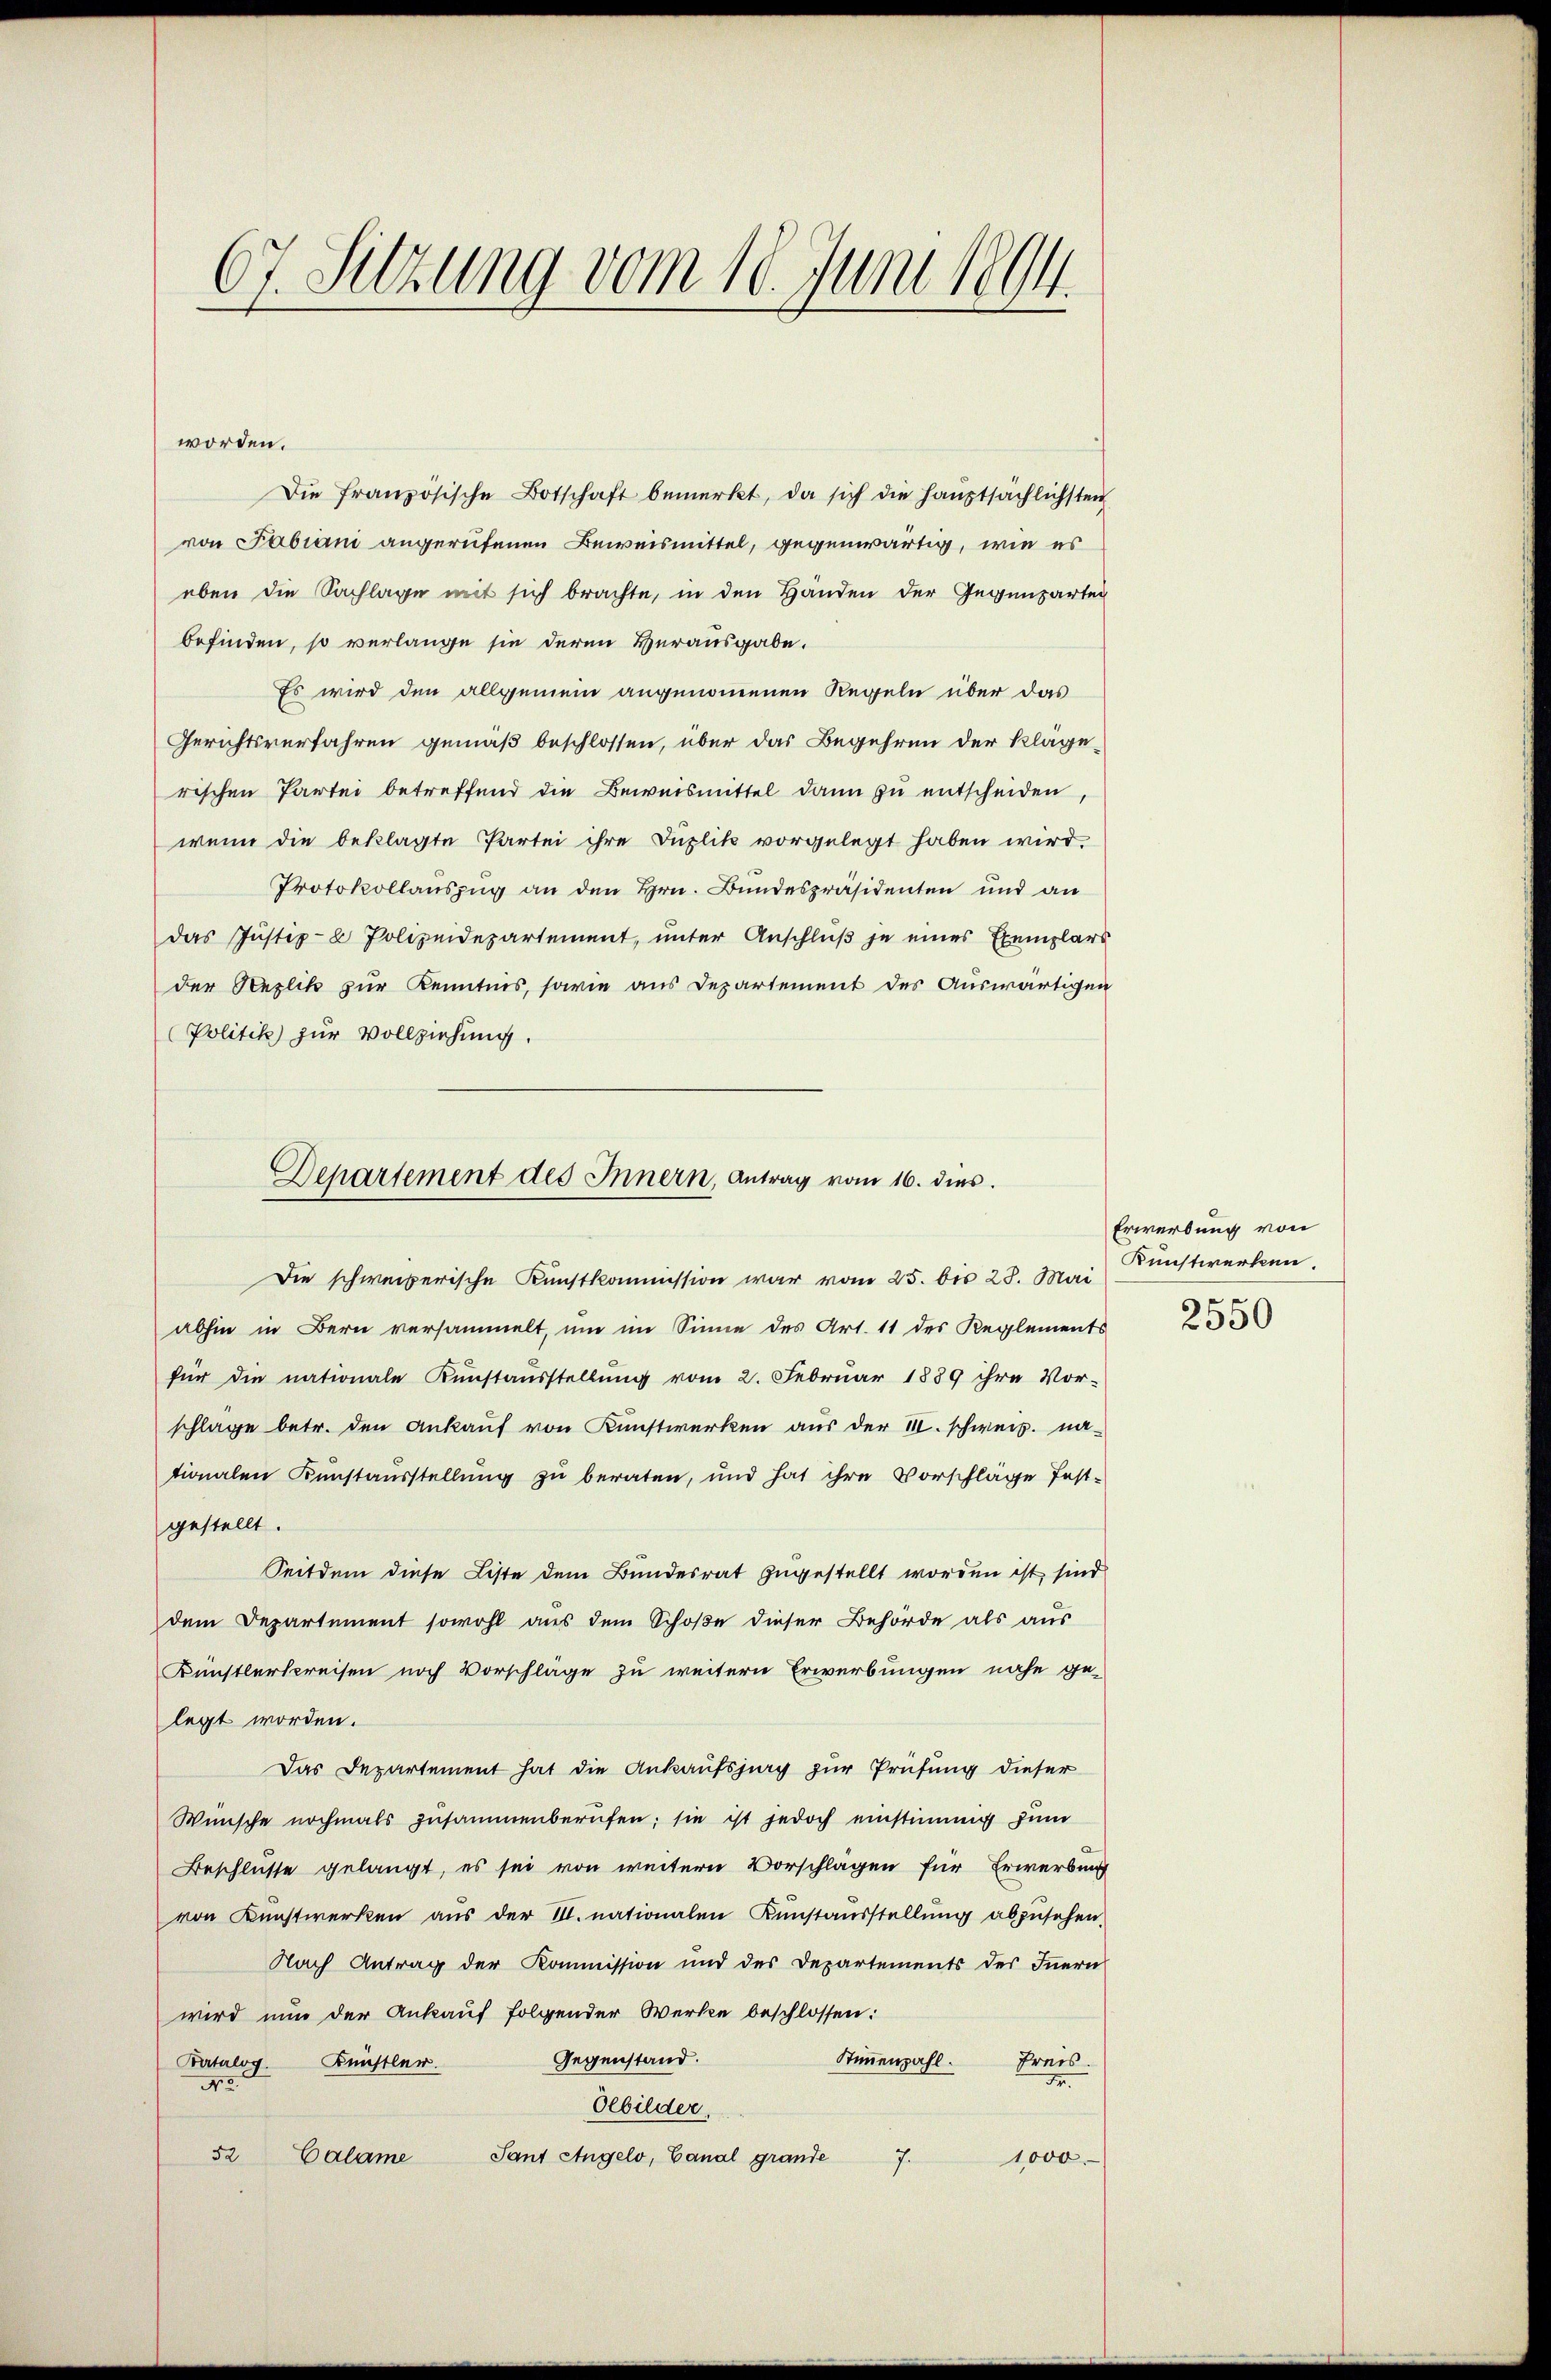
67. Sitzung vom 18. Juni 1894.

worden.
Die französische Botschaft bemerkt, da sich die Haŭptsächlichsten
von Fabiani angerufenen Beweismittel, gegenwärtig, wie es
eben die Sachlage mit sich brachte, in den Händen der Gegenzartei
befinden, so verlange sie deren Verausgabe.
Es wird den allgemein angenommenen Regeln über das
Gerichtsverfahren gemäß beschlossen, über das Begehren der Klagerischen Partei betreffend die Beweismittel dann zu entscheiden,
wenn die beklagte Partei ihre Duplik vorgelegt haben wird.
Protokollauszug an den Hrn. Bundespräsidenten und an
das Justiz- & Polizeidepartement, unter Anschluß je eines Exemplars
der Replik zur Kenntnis, sowie aus Departement des Auswärtigen
Politik zur Vollziehung.
schlage betr. den Ankauf von Kunstwerken aus der II. schweiz. na-
tionalen Kunstausstellung zu beraten, und hat ihre Vorschläge festgestellt.
Seitdem diese Liste dem Bundesrat zugestellt worden ist, sind
dem Departement sowohl aus dem Schoße dieser Behörde als aus
Künstlerspreisen noch Vorschläge zu weitere Erwerbungen nahe ge-
legt worden.
Das Departement hat die Ankaufspurg zur Prüfung dieser
Wünsche nochmals zusammenberufen; sie ist jedoch einstimmig zum
Beschlüsse gelangt, es sei von weitern Vorschlagen für Erwerbung
von Kunstwerken aus der III. nationalen Kunstausstellung abzusehen.
Nach Antrag der Kommission und des Departements des Innern
wird nun der Ankauf folgender Werke beschlossen:
Gegenstand.
Stimmenzahl. Preis.
Bertolog. Künstler.
Fr
N.
Olbilder,
52
Sant Angelo, Canal grande
Calame
J.
1,000

Departement des Innern, Antrag vom 16. dies

Die schweizerische Kunstkommission war vom 25. bis 28. Mai
abhin in Bern versammelt, um im Sinne des Art. 11 des Reglements
für die nationale Kunstausstellung vom 2. Februar 1889 ihre Vor-

Erwerbung von
Kunstwerken.
3
2500